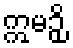
ဣမဉှိ